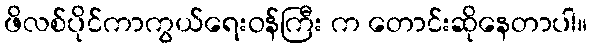
ဖိလစ်ပိုင်ကာကွယ်ရေးဝန်ကြီး က တောင်းဆိုနေတာပါ။